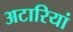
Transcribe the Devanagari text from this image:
अटारियां